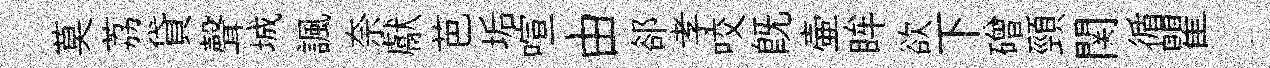
莫荔貸聲城諷奈獻芭垢喧由郤孝咬既壷眸欲下磳頸関循瞿